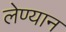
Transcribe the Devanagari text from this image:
लेण्यान